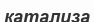
катализа